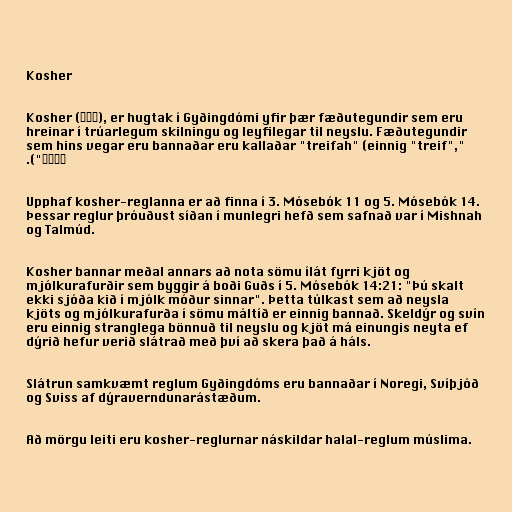
Kosher

Kosher (כשר), er hugtak í Gyðingdómi yfir þær fæðutegundir sem eru
hreinar í trúarlegum skilningu og leyfilegar til neyslu. Fæðutegundir
sem hins vegar eru bannaðar eru kallaðar "treifah" (einnig "treif","
טרפה").

Upphaf kosher-reglanna er að finna í 3. Mósebók 11 og 5. Mósebók 14.
Þessar reglur þróuðust síðan í munlegri hefð sem safnað var í Mishnah
og Talmúd.

Kosher bannar meðal annars að nota sömu ílát fyrri kjöt og
mjólkurafurðir sem byggir á boði Guðs í 5. Mósebók 14:21: "Þú skalt
ekki sjóða kið í mjólk móður sinnar". Þetta túlkast sem að neysla
kjöts og mjólkurafurða í sömu máltíð er einnig bannað. Skeldýr og svín
eru einnig stranglega bönnuð til neyslu og kjöt má einungis neyta ef
dýrið hefur verið slátrað með því að skera það á háls.

Slátrun samkvæmt reglum Gyðingdóms eru bannaðar í Noregi, Svíþjóð
og Sviss af dýraverndunarástæðum.

Að mörgu leiti eru kosher-reglurnar náskildar halal-reglum múslima.